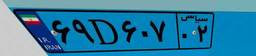
۹۴D۴۵۱۰۹